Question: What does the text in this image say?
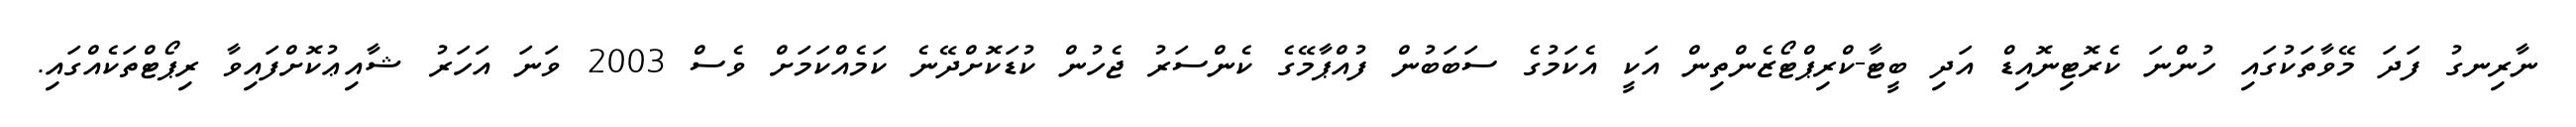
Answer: ނާރިނގު ފަދަ މޭވާތަކުގައި ހުންނަ ކެރޮޓިނޮއިޑް އަދި ބީޓާ-ކްރިޕްޓޯޒެންތިން އަކީ އެކަމުގެ ސަބަބުން ފުއްޕާމޭގެ ކެންސަރު ޖެހުން ކުޑަކޮށްދޭނެ ކަމެއްކަމަށް ވެސް 2003 ވަނަ އަހަރު ޝާއިޢުކޮށްފައިވާ ރިޕޯޓްތަކެއްގައި.